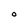
Character: O